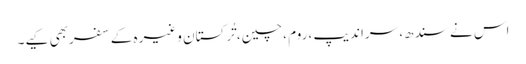
اس نے سندھ، سراندیپ ،روم ،چین، تُرکستان وغیرہ کے سفربھی کیے۔